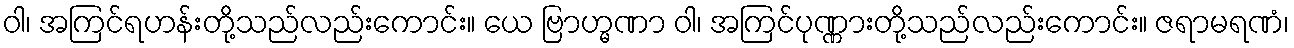
ဝါ၊ အကြင်ရဟန်းတို့သည်လည်းကောင်း။ ယေ ဗြာဟ္မဏာ ဝါ၊ အကြင်ပုဏ္ဏားတို့သည်လည်းကောင်း။ ဇရာမရဏံ၊